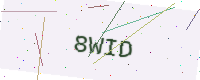
Text: 8WID